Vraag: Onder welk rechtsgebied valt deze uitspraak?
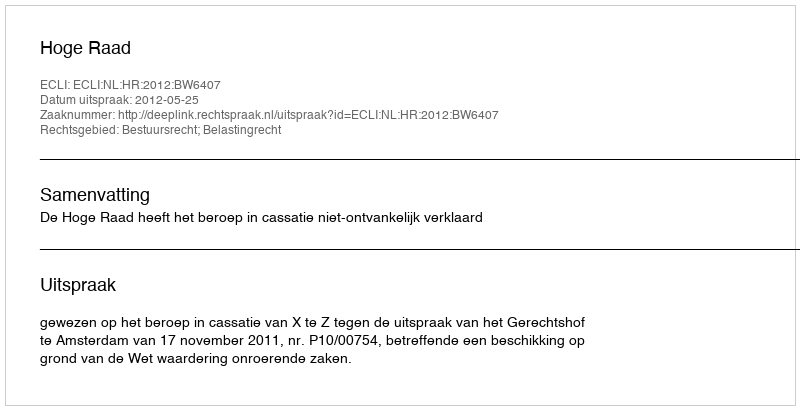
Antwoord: Bestuursrecht; Belastingrecht